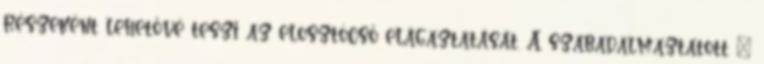
részeként lehetővé teszi az elosztócső elágaztatását. A szabadalmaztatott "